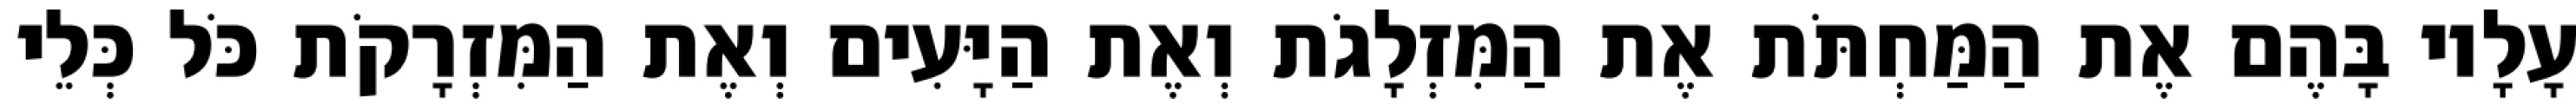
עָלָיו בָּהֶם אֶת הַמַּחְתֹּת אֶת הַמִּזְלָגֹת וְאֶת הַיָּעִים וְאֶת הַמִּזְרָקֹת כֹּל כְּלֵי